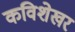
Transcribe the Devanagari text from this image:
कविशेखर